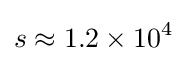
s\approx 1.2\times 10^{4}